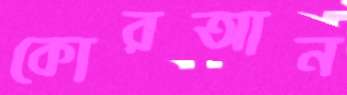
কোরআন